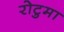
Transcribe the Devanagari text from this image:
रोटुमा